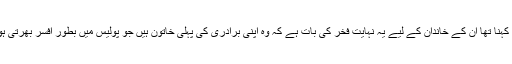
پشپا کا کہنا تھا ان کے خاندان کے لیے یہ نہایت فخر کی بات ہے کہ وہ اپنی برادری کی پہلی خاتون ہیں جو پولیس میں بطور افسر بھرتی ہوں گی۔